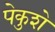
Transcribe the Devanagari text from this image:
पेकुशे